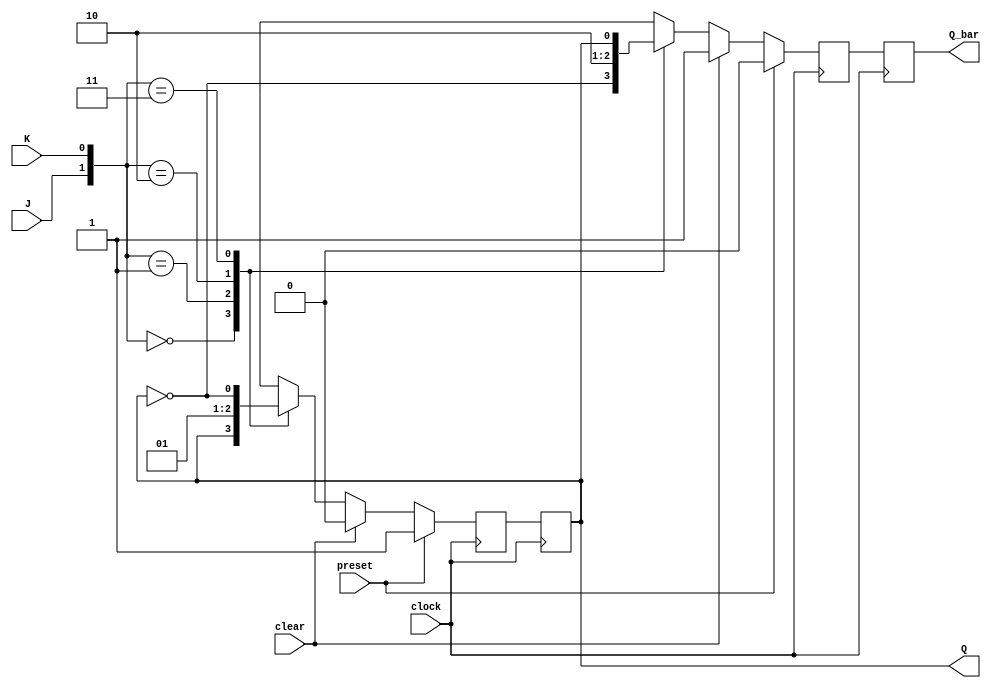
module JK_flip_flop (
    input J,
    input K,
    input clock,
    input preset,
    input clear,
    output reg Q,
    output reg Q_bar
);

reg Q_next, Q_bar_next;

always @(posedge clock) begin
    if (preset) begin
        Q_next <= 1'b1;
        Q_bar_next <= 1'b0;
    end else if (clear) begin
        Q_next <= 1'b0;
        Q_bar_next <= 1'b1;
    end else begin
        case ({J, K})
            2'b00: begin // No change
                Q_next <= Q;
                Q_bar_next <= ~Q;
            end
            2'b01: begin // Reset
                Q_next <= 1'b0;
                Q_bar_next <= 1'b1;
            end
            2'b10: begin // Set
                Q_next <= 1'b1;
                Q_bar_next <= 1'b0;
            end
            2'b11: begin // Toggle
                Q_next <= ~Q;
                Q_bar_next <= Q;
            end
        endcase
    end
end

always @(negedge clock) begin
    Q <= Q_next;
    Q_bar <= Q_bar_next;
end

endmodule